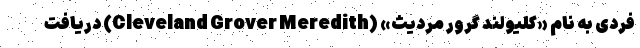
فردی به نام «کلیولند گرور مردیث» (Cleveland Grover Meredith) دریافت